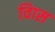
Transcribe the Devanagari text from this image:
विास